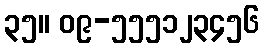
၃၅။ ၀၉-၅၅၅၁၂၃၄၅၆